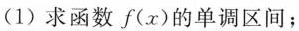
(1)求函数f(x)的单调区间；